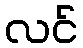
လင်